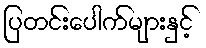
ပြတင်းပေါက်များနှင့်